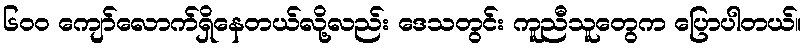
၆၀၀ ကျော်လောက်ရှိနေတယ်လို့လည်း ဒေသတွင်း ကူညီသူတွေက ပြောပါတယ်။